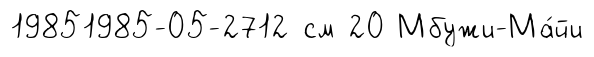
19851985-05-2712 см 20 Мбужи-Ма́йи